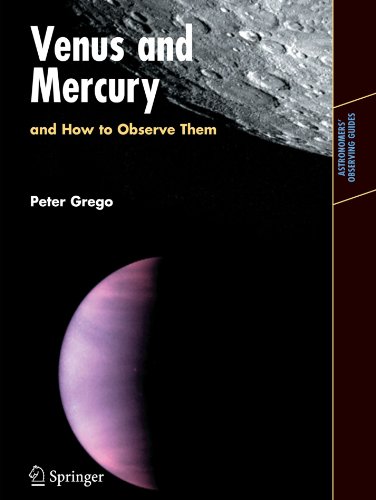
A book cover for Venus and Mercury, and How to Observe Them (Astronomers' Observing Guides); Peter Grego; Science & Math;